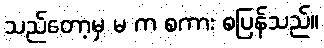
သည်တော့မှ မ က စကား စပြန်သည်။